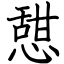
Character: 憇